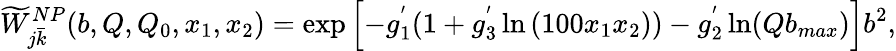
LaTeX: \widetilde{W}_{j\bar{k}}^{NP}(b,Q,Q_{0},x_{1},x_{2})={\textrm{exp}}\left[-g_{1}^{'}(1+g_{3}^{'}\ln{(100x_{1}x_{2})})-g_{2}^{'}\ln(Qb_{max})\right]b^{2},